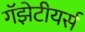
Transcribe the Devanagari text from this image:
गॅझेटीयर्स